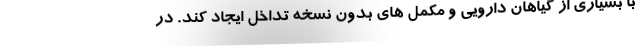
با بسیاری از گیاهان دارویی و مکمل های بدون نسخه تداخل ایجاد کند. در